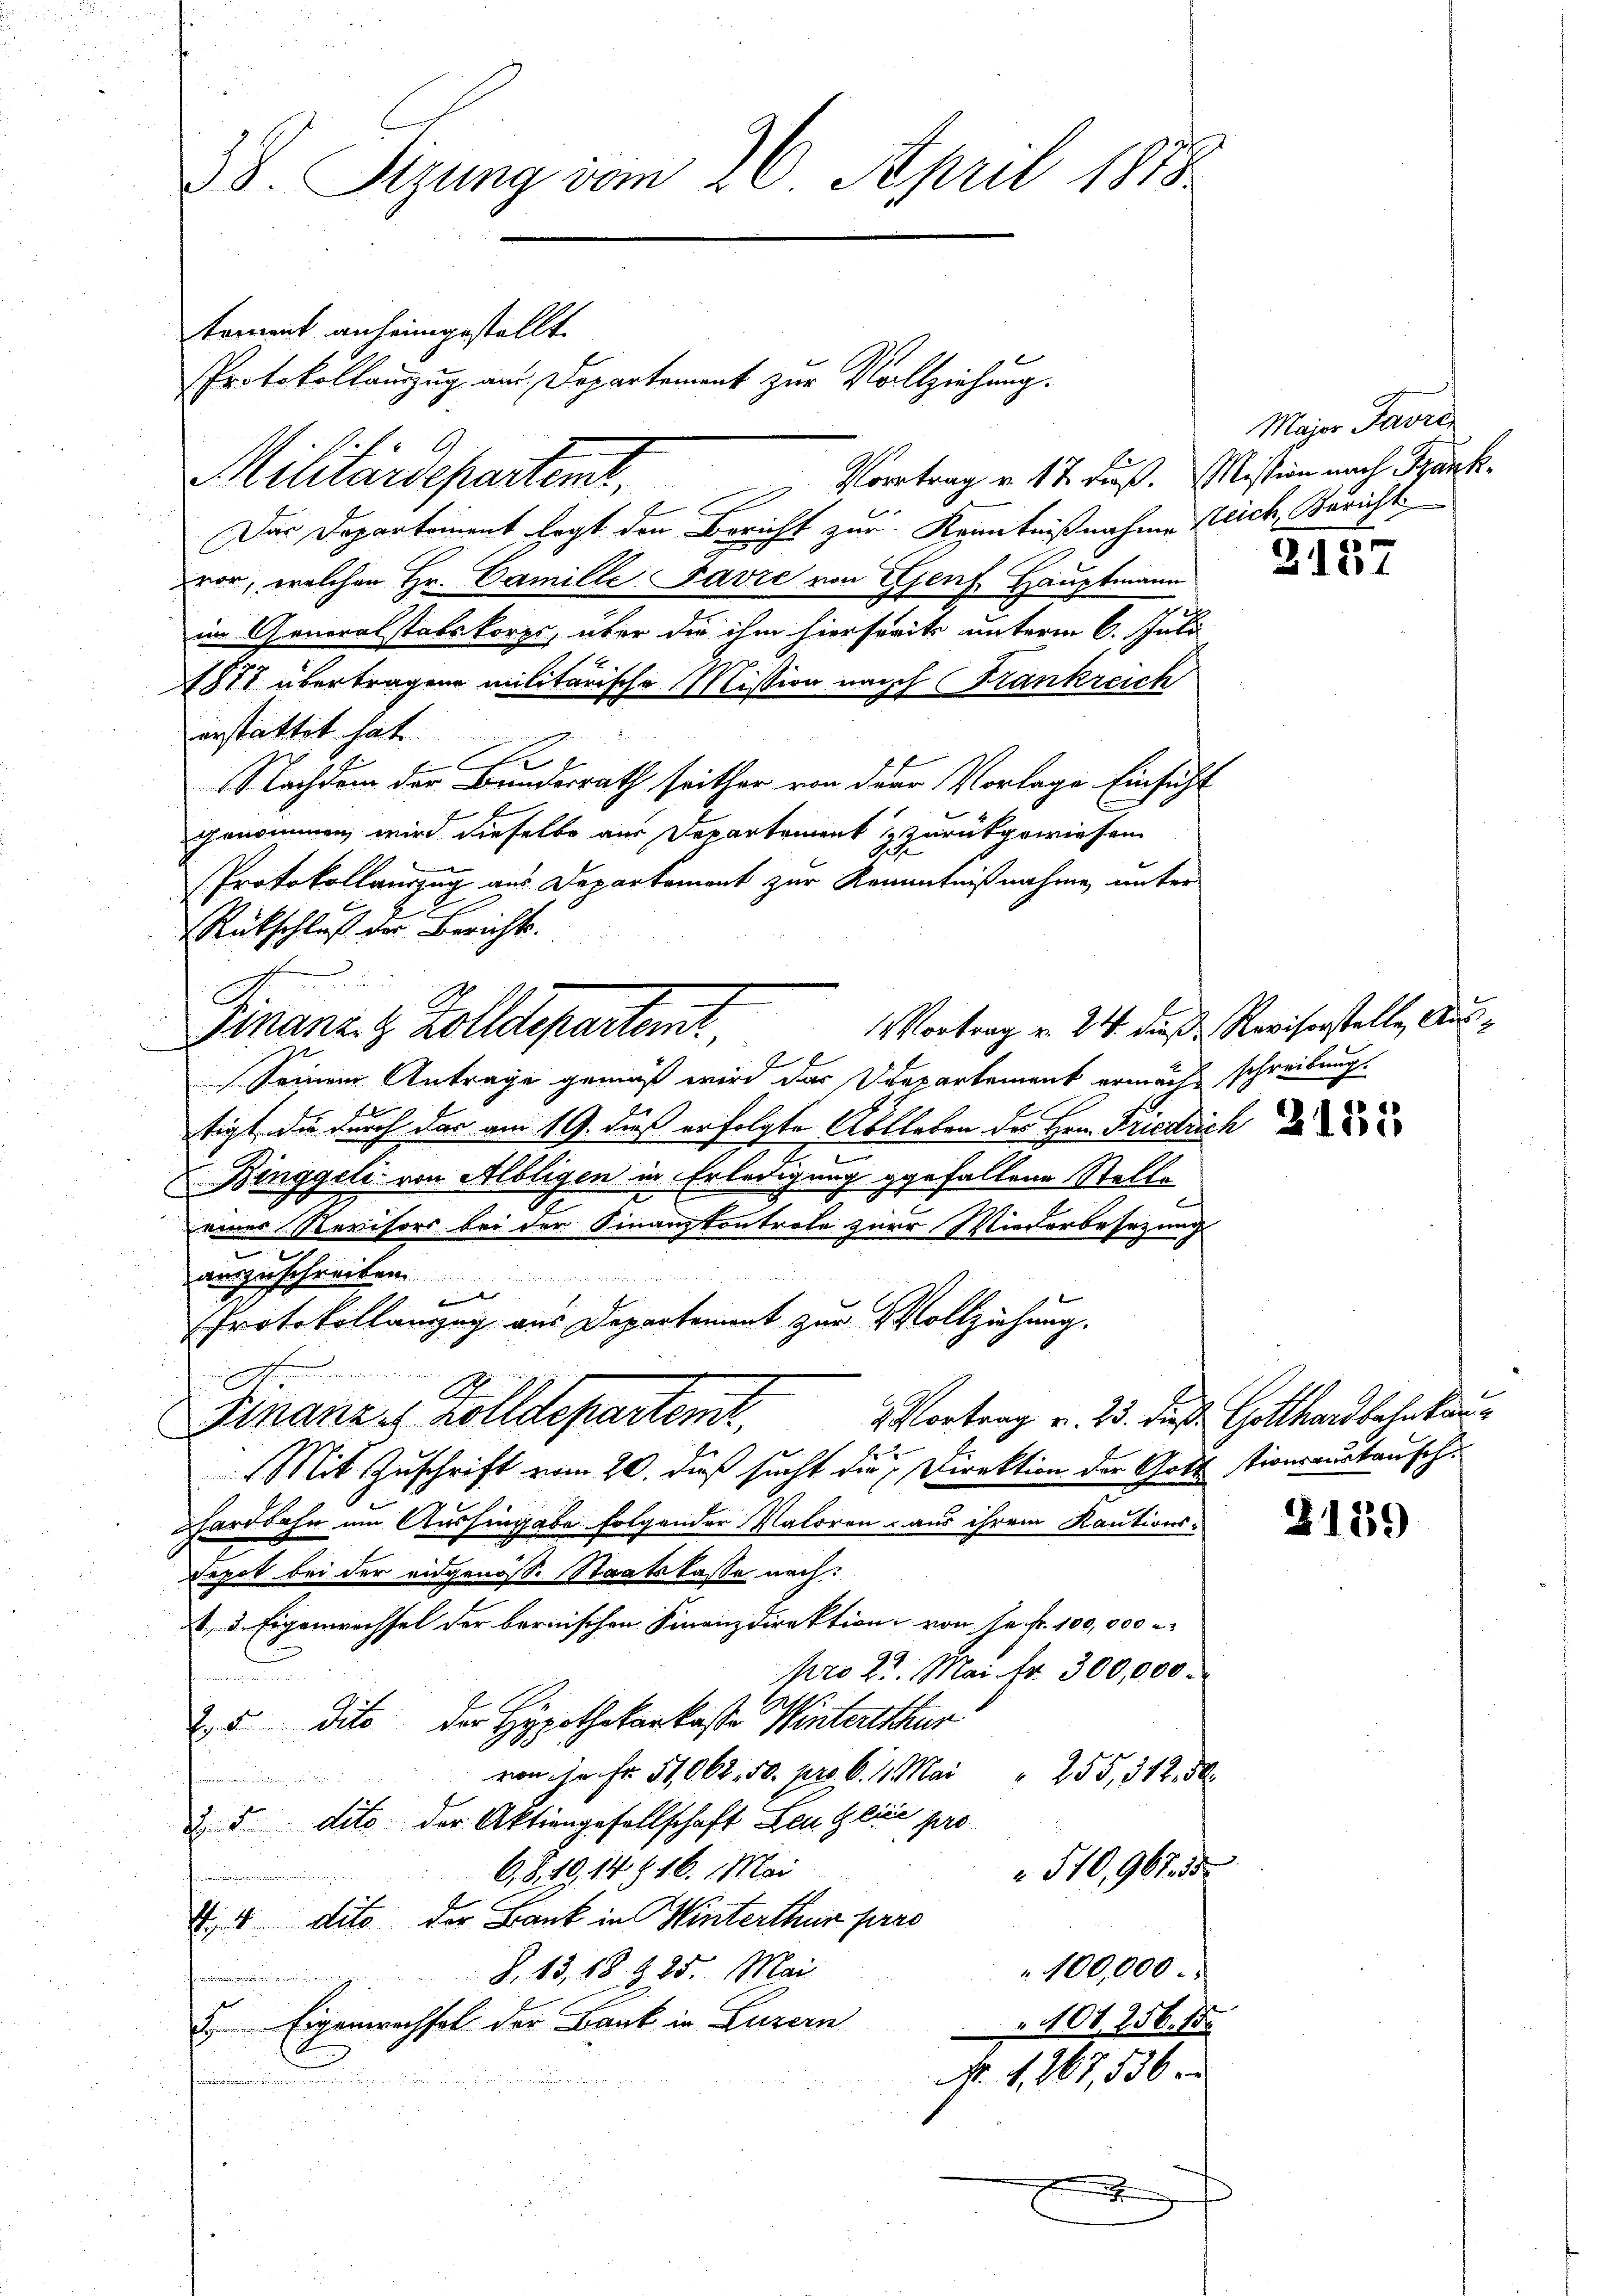
38. Sizung vom 26. April 1888.
toment anheimgestellt.
Protokollauszug am Departement zur Vollziehung.

Vortrag v. 17. Fuß. Mission nach Bank¬
Der Departement legt den Bericht zur Kenntnißnahme Reich, Bericht
vor, welchen Hr. Camille Favre von Genf Hauptmann
im Generalstatskorps, über die ihm hierfreits unterm 6. Juli
1871 übertragene militärische Mission nach Frankreich
erstattet hat
e
E
Nachdem der Bundesrath seither von der Vorlage Einsicht

genommen wird dieselbe aus Departament & zurückgewiesen
Protokollauszug aus Departement zur Kenntnißnahme unter
Rückschluß der Berichts-
 E
Seinem Antrage gemäß wird das Verpartement ermächt schreibung.
tigt, die durch der am 19. dieß erfolgte Ablleben der Hrn. Friedrich d
Binggeli von Albligen in Erledigung gefallene Stelle
einer Revisors bei der Finanzkontrole zur Wiederbesezung
e
auszuschreiben.
 |
Protokollanzug aus Departement zur Vollziehung.
n
A.
2 Vortrag v. 25. dieß Gotthardbahnkau
Finanze Zolldepartemt
Mit Zuschrift vom 20. dieß sucht die Direktion der Gott tionsaustausche
hardbahn um Aushingabe folgender Valoren aus ihrem Kautions¬
Depot bei der eidgenöss. Staatskasse nach:
A. 1. Eigenwechsel der bernischen Finanzdirektion von Hr. Fr. 100,000
pro 21. Mai fr. 300,000.
25 dito, der Hypothekarkaste Winterthur
von je Fr. 51062. 50. pro 6. 11. Mai   "  255, 312. 30
.
& 5 dito der Aktiengesellschaft Leu Glice pro
510,967. 55.
O. S. 49. 14816. Mai
V. 4 dito der Bank in Hinterthur prae
100,000.
§. 13, 18. 225. Mai
.
u Eigenwechsel der Bank in Luzern
u. 101. 256. 18
N 1,267,536.
C

Militärdepartent,

Finanz. R. Zolldepartent

Major Favre

Vortrag v. 24. diese Revisorstelle, Aus¬

s
2157

2159